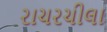
રાચરચીલા